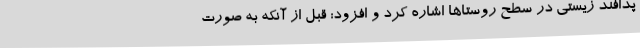
پدافند زیستی در سطح روستاها اشاره کرد و افزود:‌ قبل از آنکه به صورت